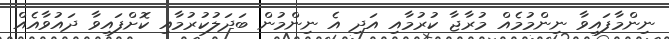
ނިންމާފައިވާ ނިންމުމެއް މުރާޖާ ކުރުމާއި އަދި އެ ނިންމުން ބަދަލުކުރުމާއި ކޮށްފައިވާ ދައުވާއެއް